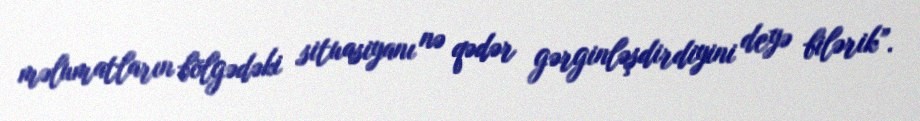
məlumatların bölgədəki situasiyanı nə qədər gərginləşdirdiyini deyə bilərik”.